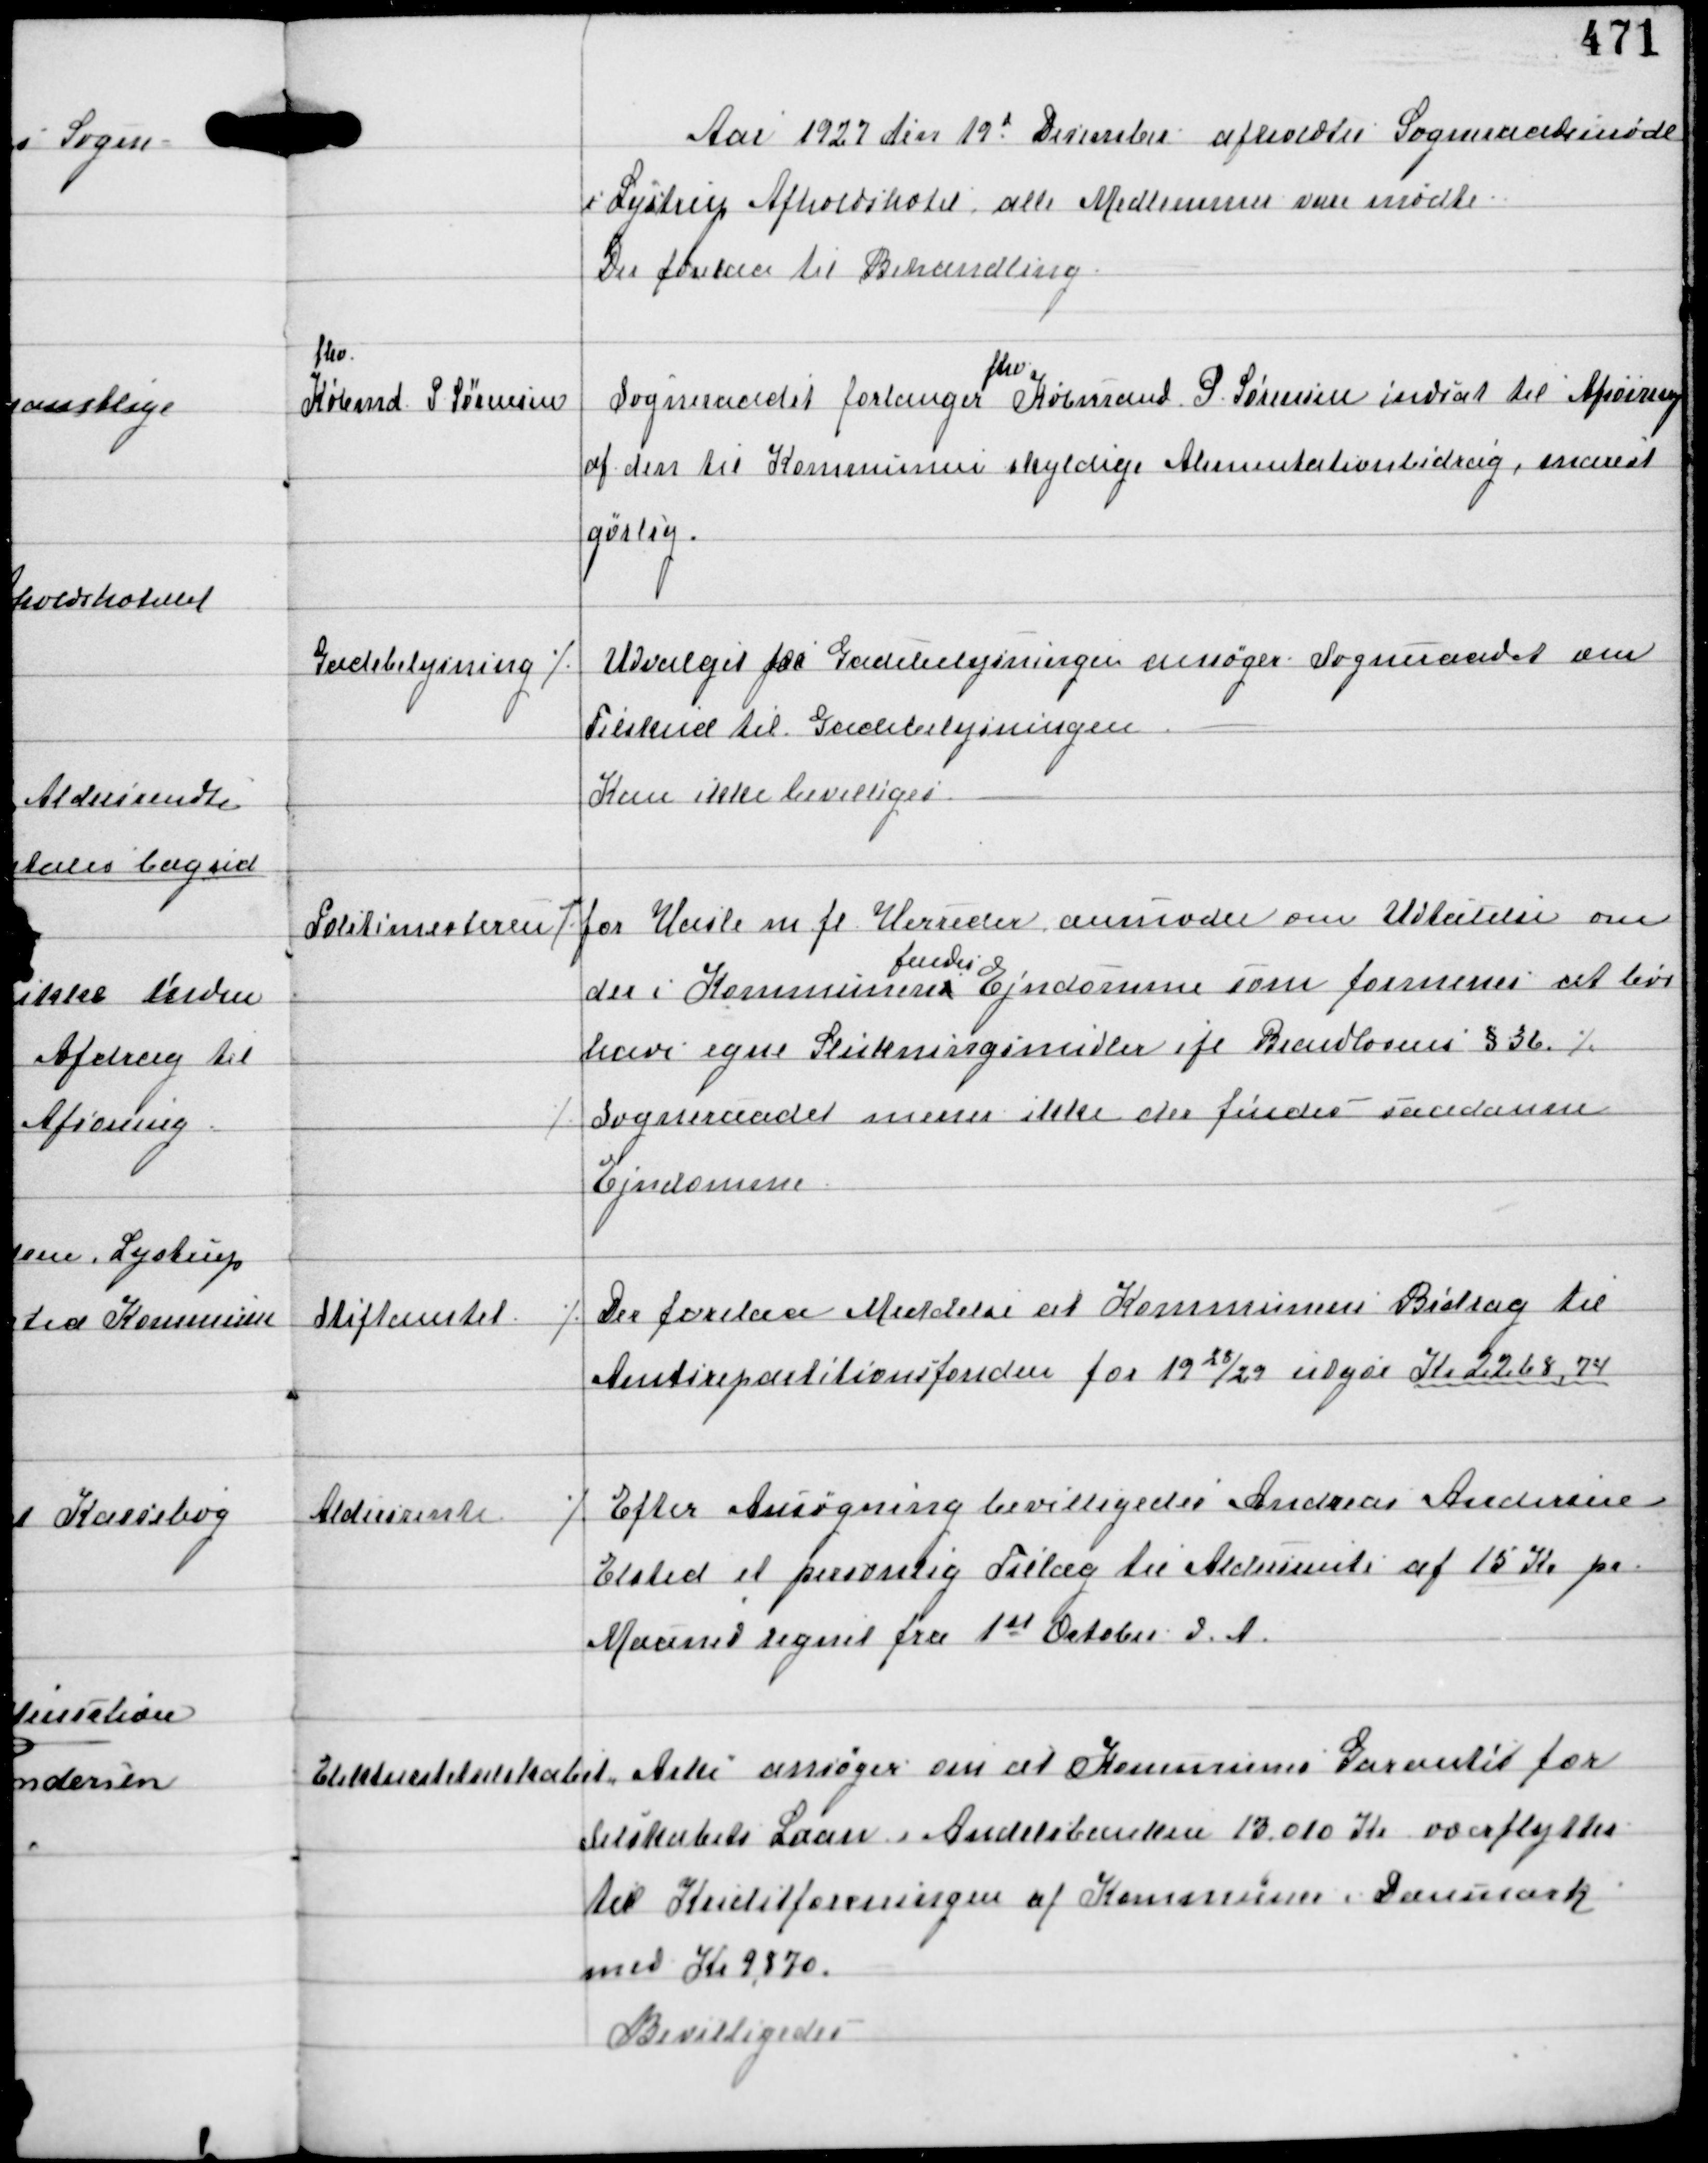
Transskription:
Aar 1927 den 19d December afholdtes Sogneraadsmøde
i Lystrup Afholdshotel, alle Medlemmer vare mødte
Der forelaa til Behandling

fhv
Købmd P Sørensen

Sogneraadet forlanger
fhv
Købmand P. Sørensen indsat til Afsoning
af den til Kommunen skyldige Alimentationsbidrag, snarest
gørlig.

Gadebelysning ⁒

Udvalget for Gadebelysningen ansøger Sogneraadet om
Tilskud til Gadebelysningen
Kan ikke bevilliges

Politimesteren

⁒ for Hasle m. fl. Herreder anmoder om Udtalelse om
der i Kommunen
findes
Ejendomme som formenes at bør
have egne Slukningsmidler ifl Brandloven §36 ⁒
⁒ Sogneraadet mener ikke der findes saadanne
Ejendomme.

Stiftamtet

⁒ Der forelaa Meddelelse at Kommunens Bidrag til
Amtsrepartitionsfonden for 1928/29 ufgør Kr 2268,74

Aldersrente

⁒ Efter Ansøgning bevilligedes Andreas Andersen
Elsted et personlig Tillæg til Aldersrente af 15 Kr pr
Maaned regnet fra 1st October d.A.

Elektricitetsselskabet "Arke"
ansøger om at Kommunens Garanti for
Selskabets Laan i Andelsbanken 13.010 Kr overflyttes
til Kreditforeningen af Kommuner i Danmark
med Kr 9870.
Bevilligedes.